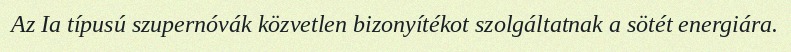
Az Ia típusú szupernóvák közvetlen bizonyítékot szolgáltatnak a sötét energiára.